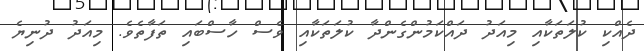
ދެއްކި ކުލަތަކާއި މިއަދު ދައްކަމުންގެންދާ ކުލަތަކާއި ވެސް ހާސްބައި ތަފާތެވެ. މިއަދު ދުނިޔެ